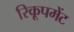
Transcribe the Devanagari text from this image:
रिकूपमेंट